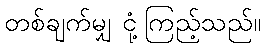
တစ်ချက်မျှ ငုံ့ကြည့်သည်။